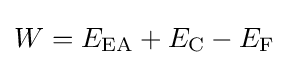
W=E_{\rm {EA}}+E_{\rm {C}}-E_{\rm {F}}